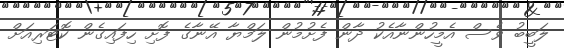
ލަބީބު ވެސް އެމީހުންނާއެކު ދާން ފެށުމުން ލަމްޔާ އޭނާގެ ފޮށި ހިފައިގެން ކޮޓަރިއަށް